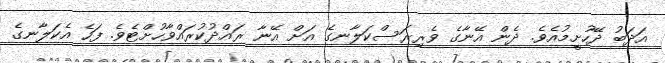
އަދަބު ދޭހުށީމުއެވެ. ދެން އޭނާގެ ވެރިރަސްކަލާނގެ އަށް އޭނާ ރައްދުކުރައްވާހުށްޓެވެ. ފަހެ އެކަލާނގެ